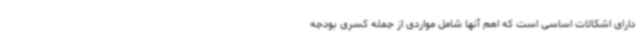
دارای اشکالات اساسی است که اهم آنها شامل مواردی از جمله کسری بودجه